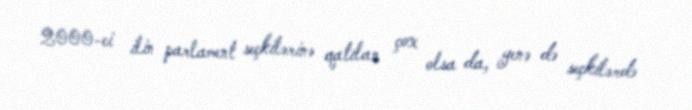
2000-ci ilin parlament seçkilərinə qatılan çox olsa da, yenə də seçkilərdə